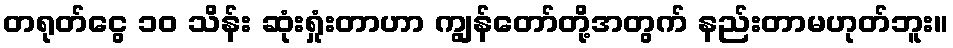
တရုတ်ငွေ ၁၀ သိန်း ဆုံးရှုံးတာဟာ ကျွန်တော်တို့အတွက် နည်းတာမဟုတ်ဘူး။